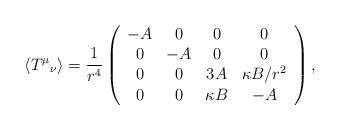
LaTeX: \begin{align*}\left< T^{\mu}{}_{\nu} \right> =\frac{1}{r^4}\left( \begin{array}{cccc} -A & 0 & 0 & 0 \\ 0 & -A & 0 & 0 \\ 0 & 0 & 3A & \kappa B/r^2 \\ 0 & 0 & \kappa B & -A \end{array}\right),\end{align*}